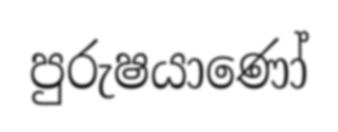
පුරුෂයාණෝ